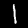
Digit: 1